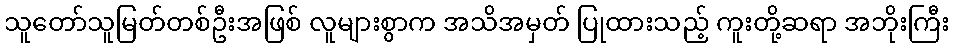
သူတော်သူမြတ်တစ်ဦးအဖြစ် လူများစွာက အသိအမှတ် ပြုထားသည့် ကူးတို့ဆရာ အဘိုးကြီး